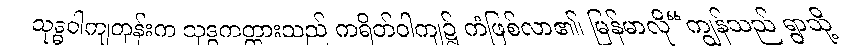
သုဒ္ဓဝါကျတုန်းက သုဒ္ဓကတ္တားသည် ကရိတ်ဝါကျ၌ ကံဖြစ်လာ၏၊ မြန်မာလို“ကျွန်သည် ရွာသို့